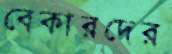
বেকারদের